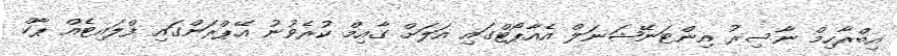
އިބްރާހިމް ނާސިރު އިންޓަނޭޝަނަލް އެއާޕޯޓްގައި އަލަށް ގާއިމް ކުރެވުނު އޭޕްރަންގައި ފްލައިޓެއް ޕާކް